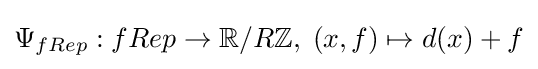
\Psi _{fRep}:fRep\to \mathbb {R} /R\mathbb {Z} ,\;(x,f)\mapsto d(x)+f